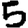
Digit: 5